Vaccination in Bombay 1924-1928 - 1924-1928
Year: 1924
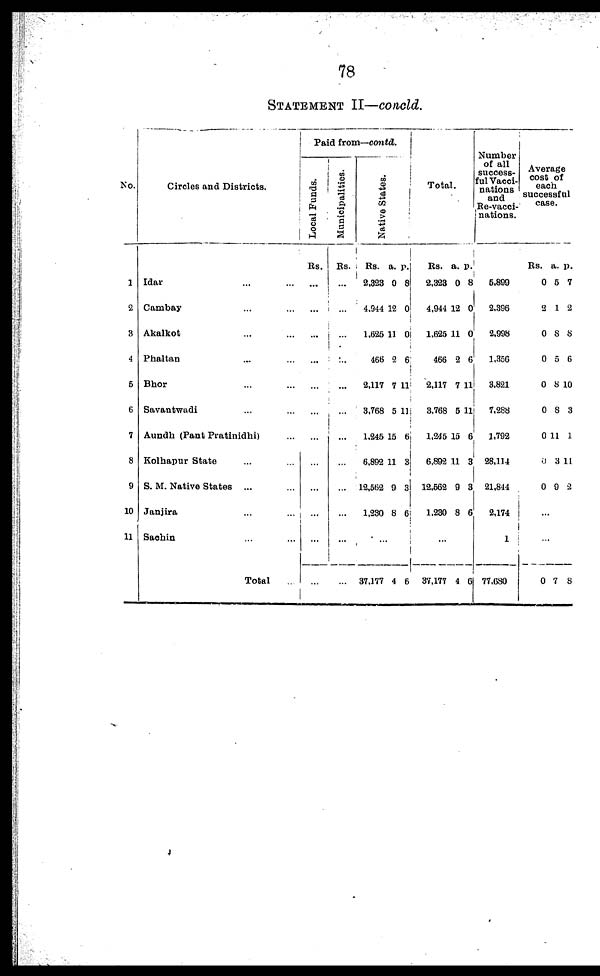
78
STATEMENT II—concld.
No.
1
2
3
4
5
6
7
8
9
10
11
Circles and Districts.
Idar ... ...
Cambay ... ...
Akalkot ... ...
Phaltan ... ...
Bhor ... ...
Savantwadi ... ...
Aundh (Pant Pratinidhi) ...
Kolhapur State ... ....
S. M. Native States ...
Janjira ...
Sachin ...
Total ...
Paid from—contd.
Local Funds.
Rs.
...
...
...
...
...
...
...
...
...
...
...
...
Municipalities.
Rs.
...
...
...
...
...
...
...
...
...
...
...
...
Native States.
Rs.
2,323
4,944
1,625
466
2,117
3,768
1,245
6,892
12,562
1,230
a.
0
12
11
2
7
5
15
11
9
8
p.
8
0
0
6
11
11
6
3
3
6
...
37,177 4 6
Total.
Rs.
2,323
4,944
1,625
466
2,117
3,768
1,245
6,892
12,562
1,230
a.
0
12
11
2
7
5
15
11
9
8
p.
8
0
0
6
11
11
6
3
3
6
...
37,177 4 6
Number
of all
success-
ful Vacci-
nations
and
Re-vacci¬
nations.
5,899
2,396
2,998
1,356
3,821
7,288
1,792
28,114
21,844
2,174
1
77,680
Average
cost of
each
successful
case.
Rs.
0
2
0
0
0
0
0
0
0
a.
5
1
8
5
8
8
11
3
9
p.
7
2
8
6
10
3
1
11
2
...
...
0 7 8